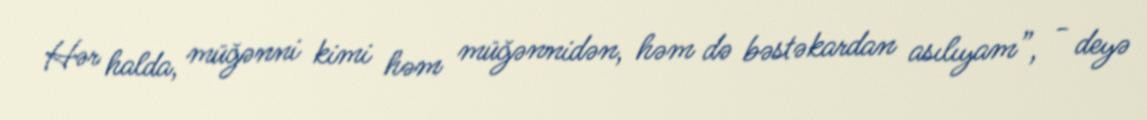
Hər halda, müğənni kimi həm müğənnidən, həm də bəstəkardan asılıyam”, - deyə